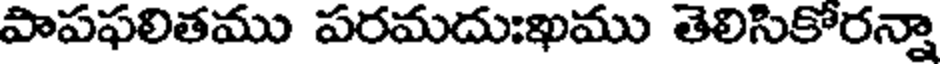
పాపఫలితము పరమదుఃఖము తెలిసికోరన్నా